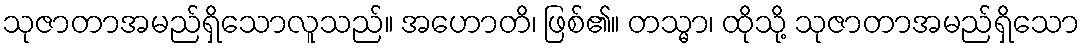
သုဇာတာအမည်ရှိသောလူသည်။ အဟောတိ၊ ဖြစ်၏။ တသ္မာ၊ ထိုသို့ သုဇာတာအမည်ရှိသော